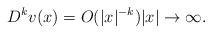
\begin{align*}D^kv(x)=O(|x|^{-k})|x|\rightarrow \infty.\end{align*}